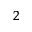
^ { 2 }